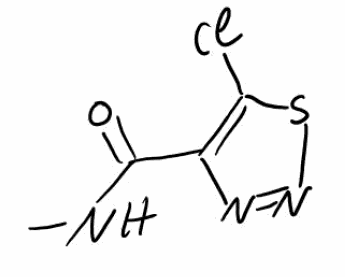
Simplified molecular-input line-entry system (SMILES) notation of the given molecule:
CNC(=O)C1=C(SN=N1)Cl